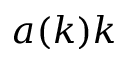
a ( k ) k